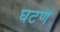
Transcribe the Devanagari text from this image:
घटण